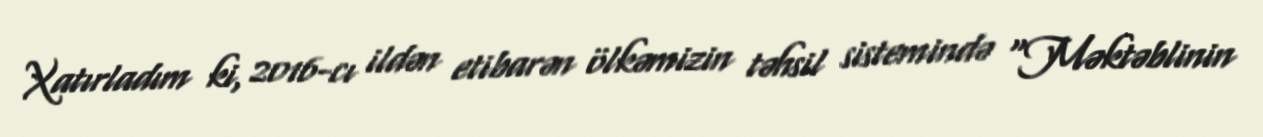
Xatırladım ki, 2016-cı ildən etibarən ölkəmizin təhsil sistemində “Məktəblinin